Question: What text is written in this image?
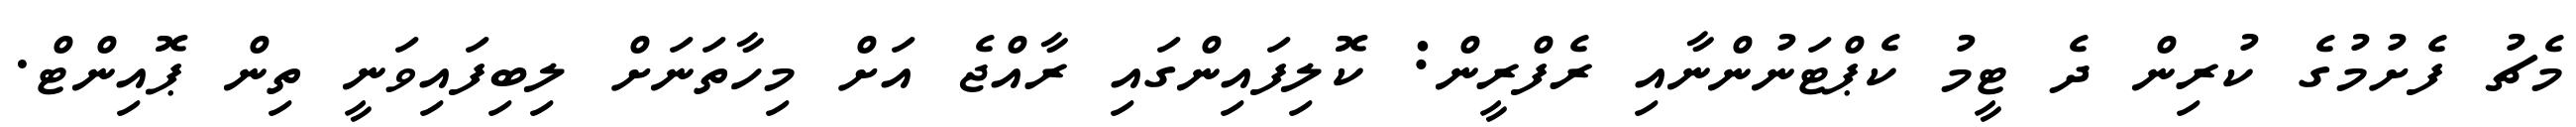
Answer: މެޗު ފެށުމުގެ ކުރިން ދެ ޓީމު ކެޕްޓަނުންނާއި ރެފްރީން: ކޮލިފައިންގައި ރާއްޖެ އަށް މިހާތަނަށް ލިބިފައިވަނީ ތިން ޕޮއިންޓް.